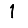
Digit: 1